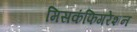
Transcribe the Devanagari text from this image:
मिसकंफिगरेशन